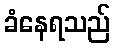
ခံနေရသည်